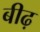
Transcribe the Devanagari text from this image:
बीढ़